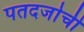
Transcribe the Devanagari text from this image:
पतदर्जाची